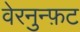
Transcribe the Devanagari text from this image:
वेरनुन्फ़ट